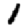
Digit: 1